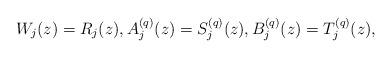
LaTeX: \begin{align*}W_{j}(z)=R_{j}(z),A_{j}^{(q)}(z)=S_{j}^{(q)}(z),B_{j}^{(q)}(z)=T_{j}^{(q)}(z),\end{align*}